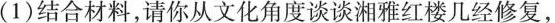
( 1 ) 结合材料，请你从文化角度谈谈湘雅红楼几经修复，